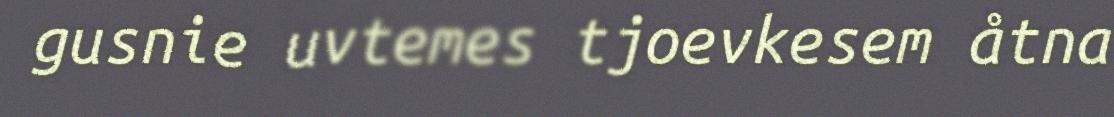
gusnie uvtemes tjoevkesem åtna